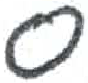
אות: ס